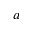
a